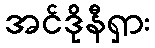
အင်ဒိုနီရှား